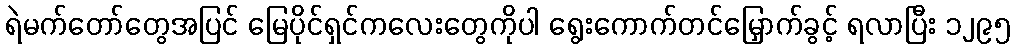
ရဲမက်တော်တွေအပြင် မြေပိုင်ရှင်ကလေးတွေကိုပါ ရွေးကောက်တင်မြှောက်ခွင့် ရလာပြီး ၁၂၉၅